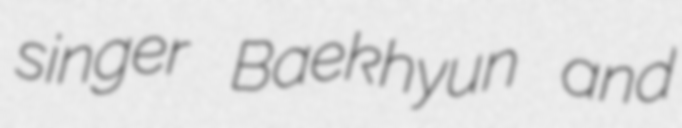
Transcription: singer Baekhyun and